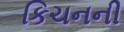
કિચનની